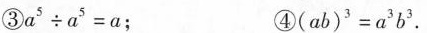
③$$a ^ { 5 } \cdot a ^ { 5 } = a$$； ④$$( a b ) ^ { 3 } = a ^ { 3 } b ^ { 3 }$$.